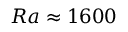
{ R a \approx 1 6 0 0 }